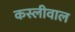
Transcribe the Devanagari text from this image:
कस्लीवाल